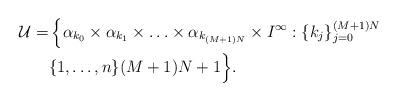
LaTeX: \begin{align*}\mathcal{U}=& \left \{ \alpha_{k_{0}} \times \alpha_{k_{1}} \times \ldots \times \alpha_{k_{(M+1)N}} \times I^{\infty}: \{k_{j}\}_{j=0}^{(M+1)N} \right. \\& \{1, \ldots, n \} (M+1)N+1 \Big \}.\end{align*}